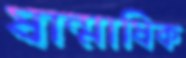
ষান্মাষিক